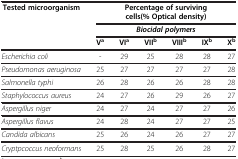
| <ROWSPAN=3> Tested microorganism | <COLSPAN=6> Percentage of surviving cells(% Optical density) |
 | <COLSPAN=6> Biocidal polymers |
 | Va | VIa | VIIb | VIIIb | IXb | Xb |
 | --- | --- | --- | --- | --- | --- | --- |
 | Escherichia coli | - | 29 | 25 | 28 | 28 | 27 |
 | Pseudomonas aeruginosa | 25 | 27 | 27 | 27 | 27 | 28 |
 | Salmonella typhi | 26 | 28 | 26 | 26 | 28 | 28 |
 | Staphylococcus aureus | 24 | 27 | 26 | 29 | 26 | 27 |
 | Aspergillus niger | 24 | 27 | 24 | 27 | 27 | 26 |
 | Aspergillus flavus | 24 | 28 | 24 | 27 | 27 | 25 |
 | Candida albicans | 25 | 26 | 24 | 26 | 27 | 27 |
 | Cryptpcoccus neoformans | 25 | 28 | 25 | 26 | 28 | 27 |